Vital statistics of India. Vol. V, Reports of 1876 on armies & jails and on epidemic cholera
Year: 1876
Disease focus: Cholera
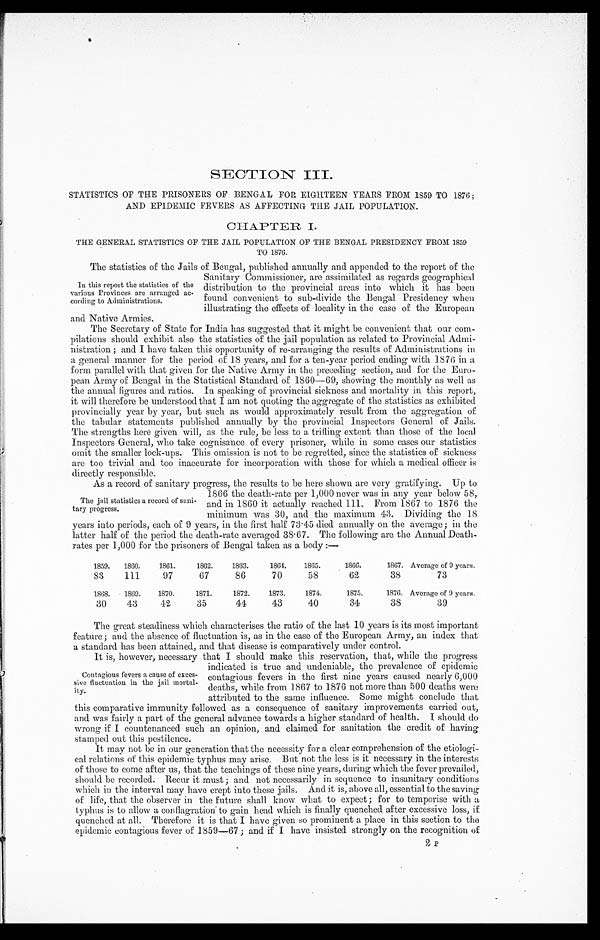
SECTION III.
STATISTICS OF THE PRISONERS OF BENGAL FOR EIGHTEEN YEARS FROM 1859 TO 1876;
AND EPIDEMIC FEVERS AS AFFECTING THE JAIL POPULATION.
CHAPTER I.
THE GENERAL STATISTICS OF THE JAIL POPULATION OF THE BENGAL PRESIDENCY FROM 1859
TO 1876.
The statistics of the Jails of Bengal, published annually and appended to the report of the
Sanitary Commissioner, are assimilated as regards geographical
distribution to the provincial areas into which it has been
found convenient to sub-divide the Bengal Presidency when
illustrating the effects of locality in the case of the European
and Native Armies.
The Secretary of State for India has suggested that it might be convenient that our com
-pilations should exhibit also the statistics of the jail population as related to Provincial Admi
-nistration; and I have taken this opportunity of re-arranging the results of Administrations in
a general manner for the period of 18 years, and for a ten-year period ending with 1876 in a
form parallel with that given for the Native Army in the preceding section, and for the Euro
-pean Army of Bengal in the Statistical Standard of 1860—69, showing the monthly as well as
the annual figures and ratios. In speaking of provincial sickness and mortality in this report,
it will therefore be understood that I am not quoting the aggregate of the statistics as exhibited
provincially year by year, but such as would approximately result from the aggregation of
the tabular statements published annually by the provincial Inspectors General of Jails.
The strengths here given will, as the rule, be less to a trifling extent than those of the local
Inspectors General, who take cognisance of every prisoner, while in some cases our statistics
omit the smaller lock-ups. This omission is not to be regretted, since the statistics of sickness
are too trivial and too inaccurate for incorporation with those for which a medical officer is
directly responsible.
As a record of sanitary progress, the results to be here shown are very gratifying. Up to
1866 the death-rate per 1,000 never was in any year below 58,
and in 1860 it actually reached 111. From 1867 to 1876 the
minimum was 30, and the maximum 43. Dividing the 18
years into periods, each of 9 years, in the first half 73.45 died annually on the average; in the
latter half of the period the death-rate averaged 38.67. The following are the Annual Death-
rates per 1,000 for the prisoners of Bengal taken as a body:—
1859. 1860.
1861.
1862.
1863.
1864.
1865.
1866.
1867. Average of 9 years.
83
111
97
67
86
70
58
62
38
73
1868.
1869.
1870.
1871.
1872.
1873.
1874.
1875.
1876. Average of 9 years.
30
43
4 2
35
44
43
40
34
38
39
The great steadiness which characterises the ratio of the last 10 years is its most important
feature; and the absence of fluctuation is, as in the case of the European Army, an index that
a standard has been attained, and that disease is comparatively under control.
It is, however, necessary that I should make this reservation, that, while the progress
indicated is true and undeniable, the prevalence of epidemic
contagious fevers in the first nine years caused nearly 6,000
deaths, while from 1867 to 1876 not more than 500 deaths were
attributed to the same influence. Some might conclude that
this comparative immunity followed as a consequence of sanitary improvements carried out,
and was fairly a part of the general advance towards a higher standard of health. I should do
wrong if I countenanced such an opinion, and claimed for sanitation the credit of having
stamped out this pestilence.
It may not be in our generation that the necessity for a clear comprehension of the etiologi
- c a l r e l a t i o n s o f t h i s e p i d e m i c t y p h u s m a y a r i s e . B u t n o t t h e l e s s i s i t n e c e s s a r y i n t h e i n t e r e s t s
of those to come after us, that the teachings of these nine years, during which the fever prevailed,
should be recorded. Recur it must; and not necessarily in sequence to insanitary conditions
which in the interval may have crept into these jails. And it is, above all, essential to the saving
of life, that the observer in the future shall know what to expect; for to temporise with a
typhus is to allow a conflagration to gain head which is finally quenched after excessive loss, if
quenched at all. Therefore it is that I have given so prominent a place in this section to the
epidemic contagious fever of 1859-67; and if I have insisted. strongly on the recognition of
In this report the statistics of the
various Provinces are arranged ac
-cording to Administrations.
The jail statistics a record of sani
-tary progress.
Contagious fevers a cause of exces
-sive fluctuation in the jail mortal
-ity.
2 p
P